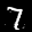
Label: 7